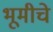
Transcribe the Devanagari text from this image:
भूमीचे